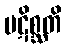
ပဋိစ္ဆတိ